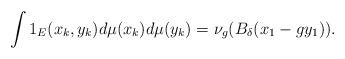
LaTeX: \begin{align*}\int 1_E(x_k,y_k)d\mu(x_k)d\mu(y_k)=\nu_g(B_{\delta}(x_1-gy_1)).\end{align*}